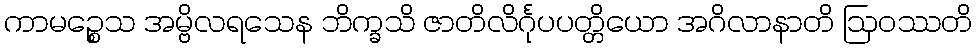
ကာမဉ္စေသ အမ္ဗိလရသေန ဘိက္ခသိ ဇာတိလိင်္ဂုပပတ္တိယော အဂိလာနာတိ ဩဝဿတိ